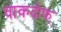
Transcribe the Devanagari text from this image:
वाकदोफ्